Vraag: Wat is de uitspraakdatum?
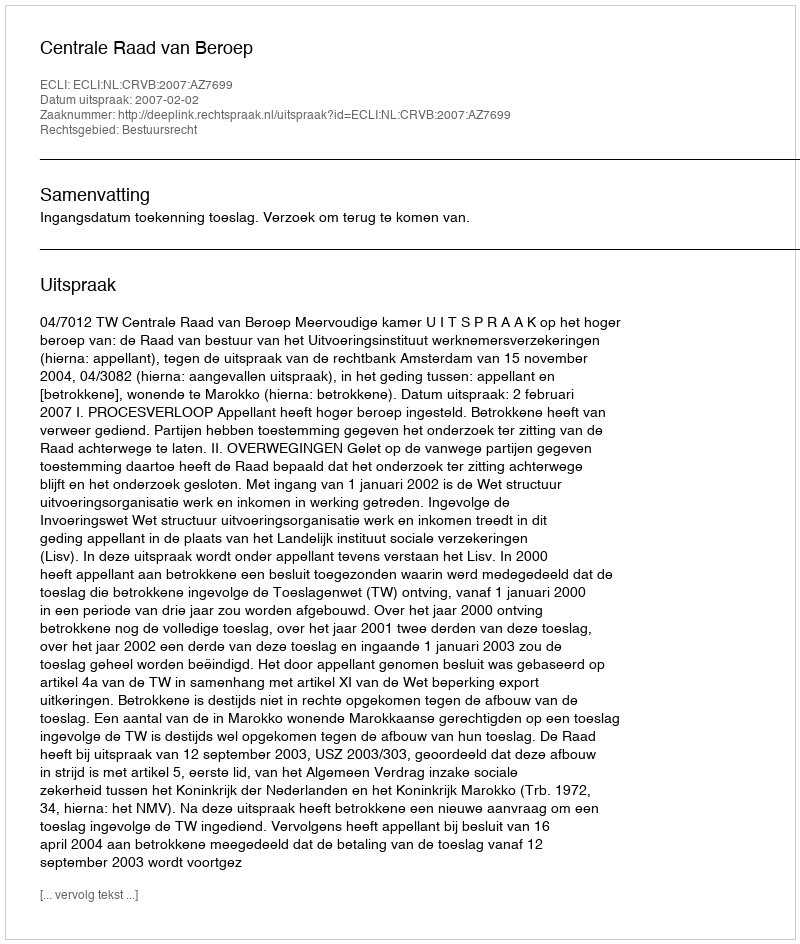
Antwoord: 2007-02-02